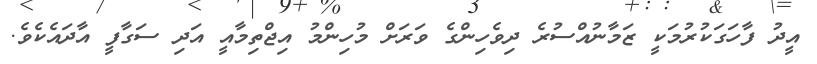
އީދު ފާހަގަކުރުމަކީ ޒަމާނުއްސުރެ ދިވެހިންގެ ވަރަށް މުހިންމު އިޖްތިމާއީ އަދި ސަގާފީ އާދައެކެވެ.